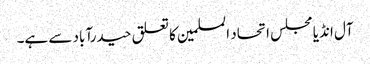
آل انڈیا مجلس اتحاد المسلمین کا تعلق حیدرآباد سے ہے۔